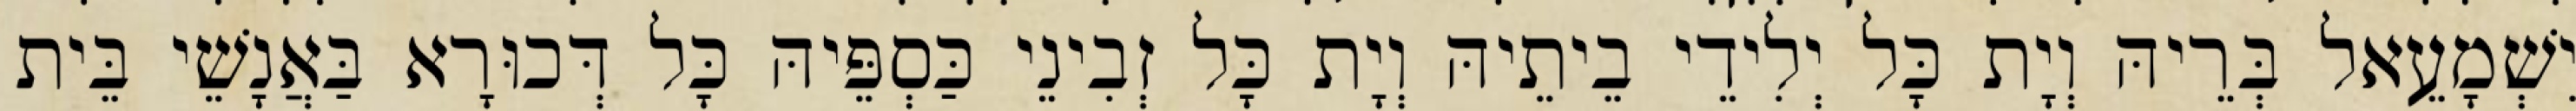
יִשְׁמָעֵאל בְּרֵיהּ וְיָת כָּל יְלִידֵי בֵיתֵיהּ וְיָת כָּל זְבִינֵי כַּסְפֵּיהּ כָּל דְּכוּרָא בַּאֲנָשֵׁי בֵּית